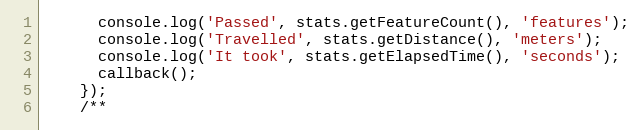
Language: JavaScript
      console.log('Passed', stats.getFeatureCount(), 'features');
      console.log('Travelled', stats.getDistance(), 'meters');
      console.log('It took', stats.getElapsedTime(), 'seconds');
      callback();
    });
    /**